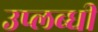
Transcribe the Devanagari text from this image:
उप्लब्धी